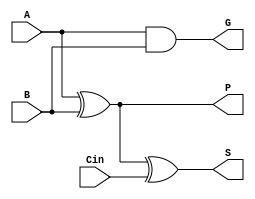
module full_adder_1bit(
    input A,
    input B,
    input Cin,
    output S,
	output G,
	output P
);

wire w1, w2, w3;

xor (w1, A, B);
xor (S, w1, Cin);

and (w2, w1, Cin);
and (w3, A, B);

assign G = A & B;
assign P = A ^ B;

endmodule